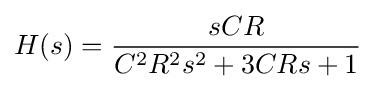
H(s)={\frac {sCR}{C^{2}R^{2}s^{2}+3CRs+1}}